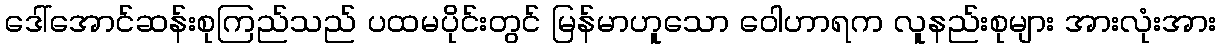
ဒေါ်အောင်ဆန်းစုကြည်သည် ပထမပိုင်းတွင် မြန်မာဟူသော ဝေါဟာရက လူနည်းစုများ အားလုံးအား